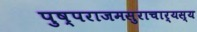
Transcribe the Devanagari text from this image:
पुष्पराजमसुराचार्यस्य